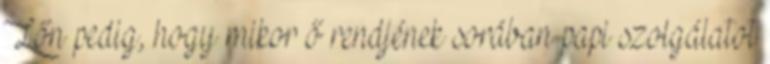
Lőn pedig, hogy mikor ő rendjének sorában papi szolgálatot